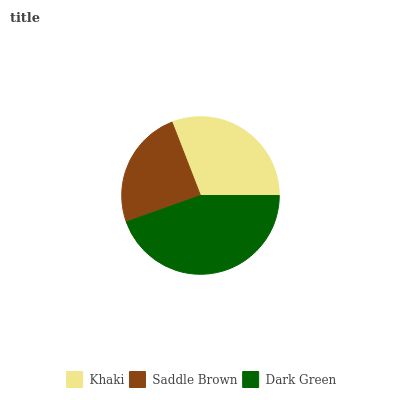
| Khaki | Saddle Brown | Dark Green |
 | --- | --- | --- |
 | 30.9% | 24.5% | 44.6% |